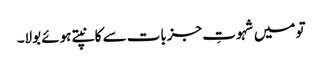
تو میں شہوتِ جزبات سے کانپتے ہوئے بولا۔